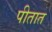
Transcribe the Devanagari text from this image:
पीतात